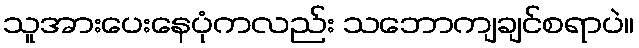
သူအားပေးနေပုံကလည်း သဘောကျချင်စရာပဲ။